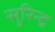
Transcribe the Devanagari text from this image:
सुरिन्द्र